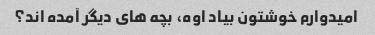
امیدوارم خوشتون بیاد اوه، بچه های دیگر آمده اند؟